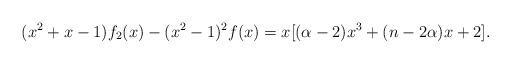
LaTeX: \begin{align*}(x^{2}+x-1)f_{2}(x)-(x^2-1)^{2}f(x)=x[(\alpha-2) x^3+(n-2\alpha)x+2].\end{align*}